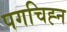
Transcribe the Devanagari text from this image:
पगचिह्न